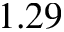
1 . 2 9